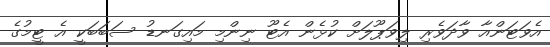
އެވަޓަންއާ ވާދަވެރި ލިވަޕޫލަށް ކުޅެން އެޓޫ ނިންމި މައިގަނޑު ސަބަބަކީ އެ ޓީމުގެ